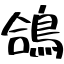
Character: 鴿